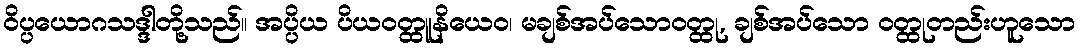
ဝိပ္ပယောဂသဒ္ဒါတို့သည်။ အပ္ပိယ ပိယဝတ္ထူနိယေဝ၊ မချစ်အပ်သောဝတ္ထု, ချစ်အပ်သော ဝတ္ထုတည်းဟူသော